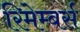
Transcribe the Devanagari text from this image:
रिमेम्बर्स